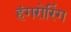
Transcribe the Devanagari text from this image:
हंगरोरिंग